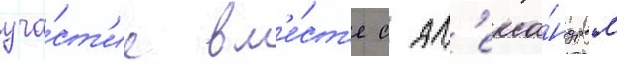
уча́ст'ие вм'е́ст'е с ал'екса́ндром